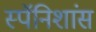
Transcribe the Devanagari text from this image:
स्पॅनिशांस